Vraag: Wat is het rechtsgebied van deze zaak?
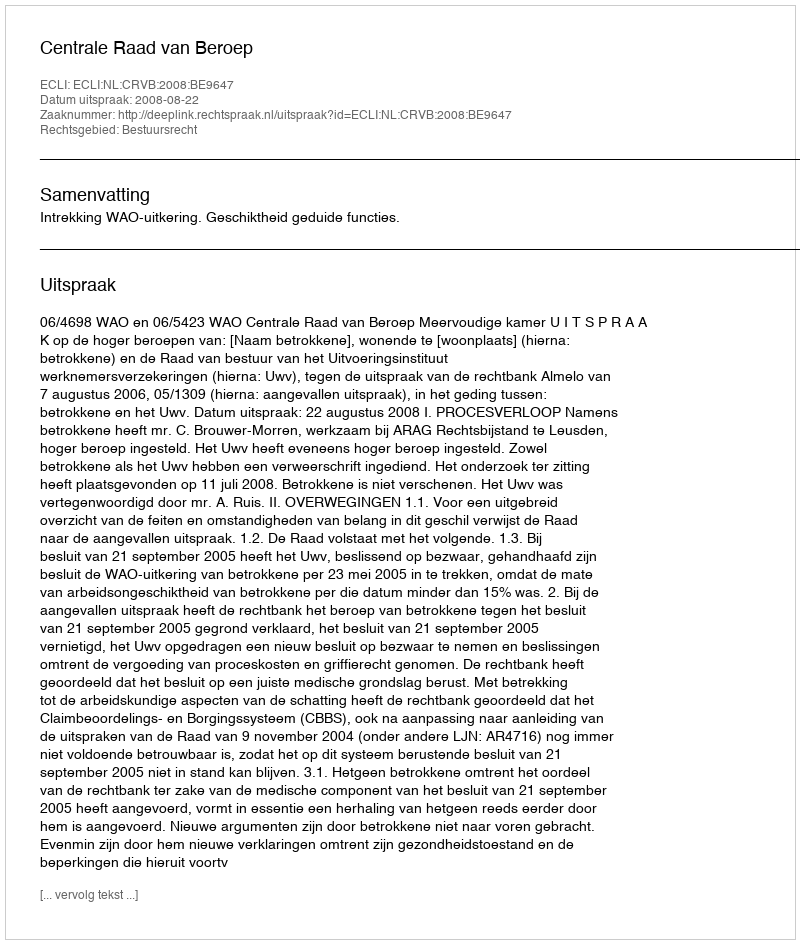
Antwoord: Bestuursrecht